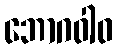
ဘောဂဝါဝ